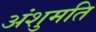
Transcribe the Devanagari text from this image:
अंशुमति